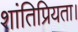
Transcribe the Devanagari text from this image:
शांतिप्रियता।